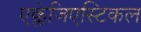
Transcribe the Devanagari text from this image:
एक्लेजिएस्टिकल